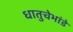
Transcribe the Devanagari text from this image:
धातुचेभांडे